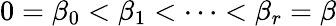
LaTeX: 0=\beta_{0}<\beta_{1}<\cdots<\beta_{r}=\beta